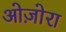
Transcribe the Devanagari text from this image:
ओज़ोरा